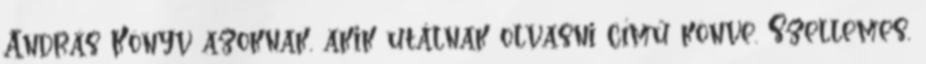
András Könyv azoknak, akik utálnak olvasni című könve. Szellemes,